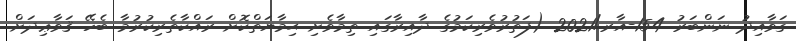
ގަވާއިދު ނަންބަރު 154-އާރ/2021 (ފަތުރުވެރިކަމުގެ ދާއިރާގައި ތިމާވެށި ޙިމާޔަތްކޮށް ރައްކާތެރިކުރުމާ ބެހޭ ޤަވާޢިދަށް